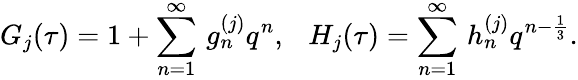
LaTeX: G_{j}(\tau)=1+\sum_{n=1}^{\infty}\, g_{n}^{(j)}q^{n},~~~H_{j}(\tau)=\sum_{n=1}^{\infty}\, h_{n}^{(j)}q^{n-\frac{1}{3}}.